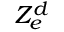
Z _ { e } ^ { d }